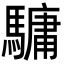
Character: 𩥻